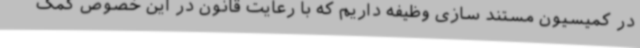
در کمیسیون مستند سازی وظیفه داریم که با رعایت قانون در این خصوص کمک